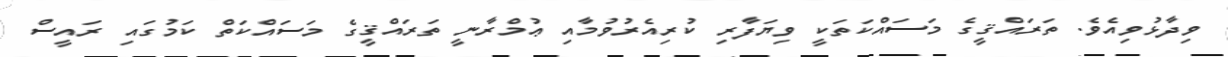
ވިދާޅުވިއެވެ. ތަރައްޤީގެ މަސައްކަތަކީ ވިޔަފާރި ކުރިއެރުވުމާއި ޢުމްރާނީ ތަރައްޤީގެ މަސައްކަތް ކަމުގައި ރައީސް